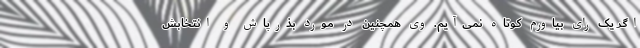
اگر یک رای بیاورم کوتاه نمی‌آیم. وی همچنین در مورد بذرپاش و انتخابش